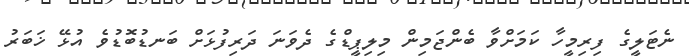
ނެޓަލީގެ ފިރިމީހާ ކަމަށްވާ ބެންޖަމިން މިލިޕީޑްގެ ދެވަނަ ދަރިފުޅަށް ބަނޑުބޮޑުވެ އުޅޭ ޚަބަރު